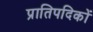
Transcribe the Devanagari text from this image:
प्रातिपदिकों